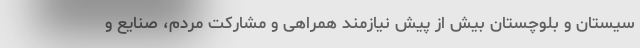
سیستان و بلوچستان بیش از پیش نیازمند همراهی و مشارکت مردم، صنایع و